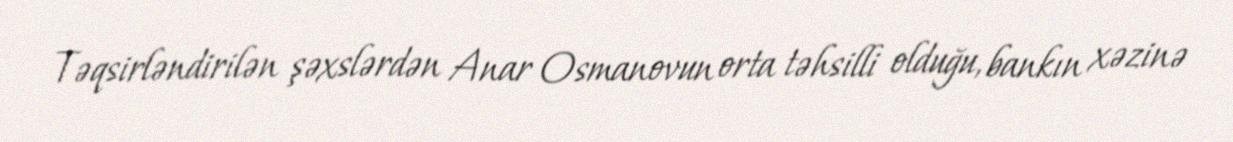
Təqsirləndirilən şəxslərdən Anar Osmanovun orta təhsilli olduğu, bankın xəzinə